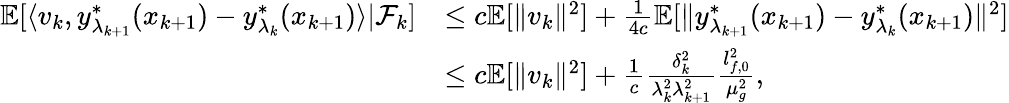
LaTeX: \begin{array}{rl}{\mathbb{E}[\langle v_{k},y_{\lambda_{k+1}}^{*}(x_{k+1})-y_{\lambda_{k}}^{*}(x_{k+1})\rangle|\mathcal{F}_{k}]}&{\le c\mathbb{E}[\| v_{k}\| ^{2}]+\frac{1}{4c}\mathbb{E}[\| y_{\lambda_{k+1}}^{*}(x_{k+1})-y_{\lambda_{k}}^{*}(x_{k+1})\| ^{2}]}\\ &{\le c\mathbb{E}[\| v_{k}\| ^{2}]+\frac{1}{c}\frac{\delta_{k}^{2}}{\lambda_{k}^{2}\lambda_{k+1}^{2}}\frac{l_{f,0}^{2}}{\mu_{g}^{2}},}\end{array}